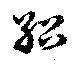
紹